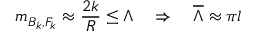
m _ { B _ { k } , F _ { k } } \approx \frac { 2 k } { R } \leq \Lambda \, \, \, \, \, \, \Rightarrow \, \, \, \, \, \, { \overline { { \Lambda } } } \approx \pi l